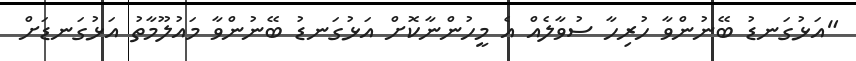
"އަޅުގަނޑު ބޭނުންވާ ހުރިހާ ސުވާލެއް އެ މީހުންނާކޮށް އަޅުގަނޑު ބޭނުންވާ މައުލޫމާތު އަޅުގަނޑަށް